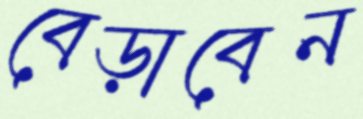
বেড়াবেন